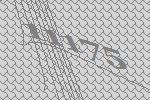
11175